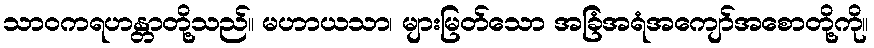
သာဝကရဟန္တာတို့သည်။ မဟာယသာ၊ များမြတ်သော အခြံအရံအကျော်အစောတို့ကို။